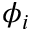
\phi _ { i }